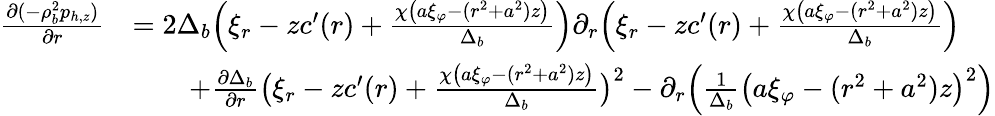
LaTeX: \begin{array}{rl}{\frac{\partial(-\rho_{b}^{2}p_{h,z})}{\partial r}}&{=2\Delta_{b}\Big(\xi_{r}-zc^{\prime}(r)+\frac{\chi\big(a\xi_{\varphi}-(r^{2}+a^{2})z\big)}{\Delta_{b}}\Big)\partial_{r}\Big(\xi_{r}-zc^{\prime}(r)+\frac{\chi\big(a\xi_{\varphi}-(r^{2}+a^{2})z\big)}{\Delta_{b}}\Big)}\\ &{\qquad+\frac{\partial\Delta_{b}}{\partial r}\big(\xi_{r}-zc^{\prime}(r)+\frac{\chi\big(a\xi_{\varphi}-(r^{2}+a^{2})z\big)}{\Delta_{b}}\big)^{2}-\partial_{r}\Big(\frac{1}{\Delta_{b}}\big(a\xi_{\varphi}-(r^{2}+a^{2})z\big)^{2}\Big)}\end{array}